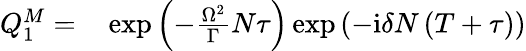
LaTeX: \begin{array}{rl}{Q_{1}^{M}=}&{{}\exp\left(-\frac{\Omega^{2}}{\Gamma}N\tau\right)\exp\left(-\mathrm{i}\delta N\left(T+\tau\right)\right)}\end{array}